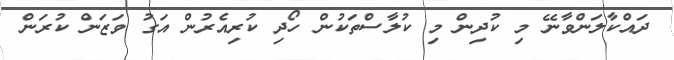
ދައްކާލަންވާނޭ މި ކުދިން މި ކުލާސްތަކުން ހޯދި ކުރިއެރުން އަގު ވަޒަން ކުރަން